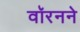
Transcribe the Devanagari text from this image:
वॉरनने